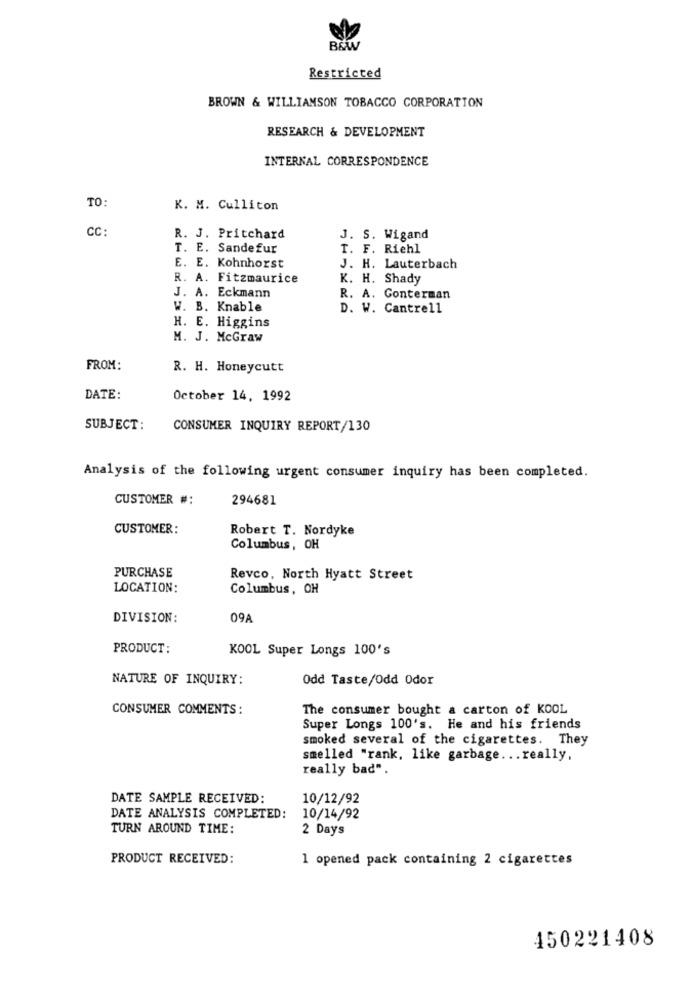
B&W
Restricted
BROWN & WILLIAMSON TOBACCO CORPORATION
RESEARCH & DEVELOPMENT
INTERNAL CORRESPONDENCE
TO:
K. M. Culliton
CC:
R. J. Pritchard
J. S. Wigand
T. E. Sandefur
T. F. Riehl
E. E. Kohnhorst
J. H. Lauterbach
R. A. Fitzmaurice
K. H. Shady
J. A. Eckmann
R. A. Conterman
W. B. Knable
D. W. Cantrell
H. E. Higgins
M. J. McGraw
FROM:
R. H. Honeycutt
DATE:
October 14, 1992
SUBJECT:
CONSUMER INQUIRY REPORT/130
Analysis of the following urgent consumer inquiry has been completed.
CUSTOMER #:
294681
CUSTOMER:
Robert T. Nordyke
Columbus, OH
PURCHASE
Revco, North Hyatt Street
LOCATION:
Columbus, OH
DIVISION:
09A
PRODUCT:
KOOL Super Longs 100's
NATURE OF INQUIRY:
Odd Taste/Odd Odor
CONSUMER COMMENTS:
The consumer bought a carton of KOOL
Super Longs 100's. He and his friends
smoked several of the cigarettes. They
smelled "rank, like garbage ... really,
really bad".
DATE SAMPLE RECEIVED:
10/12/92
DATE ANALYSIS COMPLETED:
10/14/92
TURN AROUND TIME:
2 Days
PRODUCT RECEIVED:
1 opened pack containing 2 cigarettes
450221408